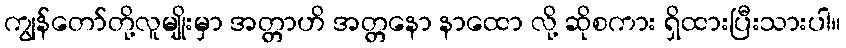
ကျွန်တော်တို့လူမျိုးမှာ အတ္တာဟိ အတ္တနော နာထော လို့ ဆိုစကား ရှိထားပြီးသားပါ။